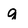
Character: g